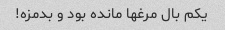
یکم بال مرغها مانده بود و بدمزه!